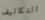
التكاليف